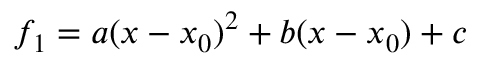
f _ { 1 } = a ( x - x _ { 0 } ) ^ { 2 } + b ( x - x _ { 0 } ) + c